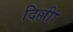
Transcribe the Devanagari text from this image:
दिल्लीा